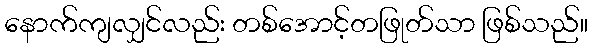
နောက်ကျလျှင်လည်း တစ်အောင့်တဖြုတ်သာ ဖြစ်သည်။